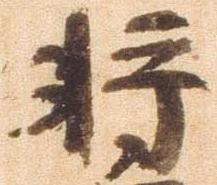
将